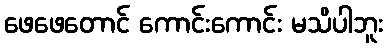
ဖေဖေတောင် ကောင်းကောင်း မသိပါဘူး